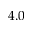
4 . 0